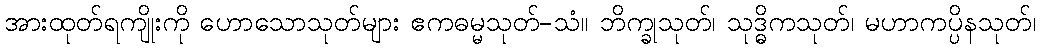
အားထုတ်ရကျိုးကို ဟောသောသုတ်များ ဧကဓမ္မသုတ်-သံ။ ဘိက္ခုသုတ်၊ သုဒ္ဓိကသုတ်၊ မဟာကပ္ပိနသုတ်၊